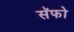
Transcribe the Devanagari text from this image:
सॅफो